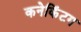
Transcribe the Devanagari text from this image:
कनेकिंटग